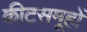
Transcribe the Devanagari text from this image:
कीटसमूहों